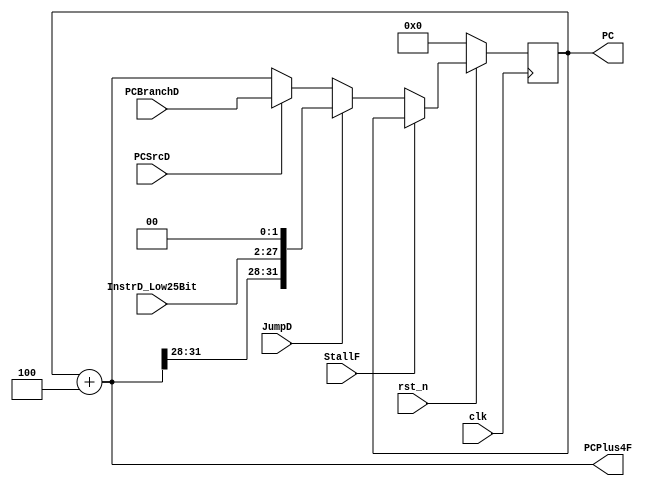
/*

	File name    : PC_Counter
	LastEditors  : H
	LastEditTime : 2021-11-04 21:42:50
	Last Version : 1.0
	Description  : Programm Instrcutions Counter
	
	----------------------------------------------------------------------------------------
	
	Author       : H
	Date         : 2021-11-03 21:01:39
	FilePath     : \MIPS_Pipeline\PC_Counter.v
	Copyright 2021 H, All Rights Reserved. 

*/
module PC_Counter(
    // System Clock
    input        clk,                           // clock
    input        rst_n,                         // reset

    // User Interface
    input                   PCSrcD,             
    input                   StallF, //flag is set when fetch needs to stall
    input           [31:0]  PCBranchD,          // input is 32 bits
    input                   JumpD,
    input           [25:0]  InstrD_Low25Bit,    // input is 26 bits
    output          [31:0]  PCPlus4F,           // output is 32 bits
    output   reg    [31:0]  PC                  // output is 32 bits
);

    wire    [31:0] PC_Next,PC_Next_or_Jump,PC_Jump; // wire is 32 bits
    wire    [31:0] PCPlus4;                         // wire is 32 bits
/*******************************************************************************
 *                                 Main Code
*******************************************************************************/
    
    assign  PC_Next = PCSrcD ? PCBranchD : PCPlus4F; //Getting the next PC value
    assign  PC_Jump = {{PCPlus4F[31:28]},{InstrD_Low25Bit},{2'b00}};    //value for jumping
    assign  PCPlus4 = PC + 32'd4;                                       // PC + 4
    assign  PCPlus4F = PCPlus4;
    assign  PC_Next_or_Jump = JumpD ? PC_Jump : PC_Next; //Checking if next or jump


    always @(posedge clk) begin //execute on positive edge
        if(~rst_n)begin //execute if reset is negated
            PC <= 32'b0; //assign PC a 32 bit of 0s 
        end
        else if (StallF) begin //if fals is set
            PC <= PC; //assign PC to itself
        end
        else 
            PC <= PC_Next_or_Jump; // else assign PC to jump or next
    end

endmodule